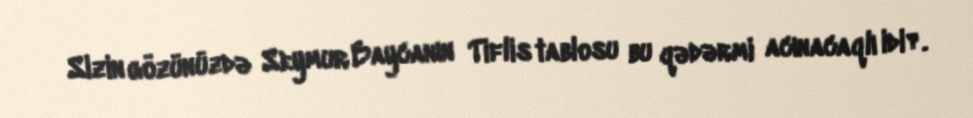
Sizin gözünüzdə Seymur Baycanın Tiflis tablosu bu qədərmi acınacaqlı idi?.